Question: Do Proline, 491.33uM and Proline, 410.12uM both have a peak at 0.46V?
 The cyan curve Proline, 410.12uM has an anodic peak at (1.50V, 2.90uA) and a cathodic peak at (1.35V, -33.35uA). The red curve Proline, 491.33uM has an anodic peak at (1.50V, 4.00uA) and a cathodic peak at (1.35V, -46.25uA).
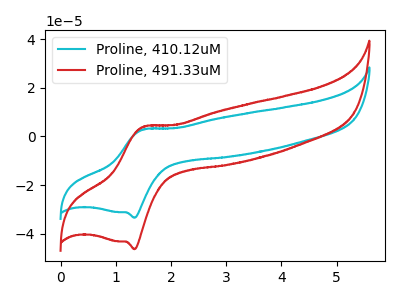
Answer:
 <answer>No, "Proline, 491.33uM" and "Proline, 410.12uM" dont share a peak at 0.46V.</answer>
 <eval>mismatch</eval>